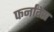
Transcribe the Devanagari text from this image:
फर्नांदेस